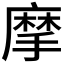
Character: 摩